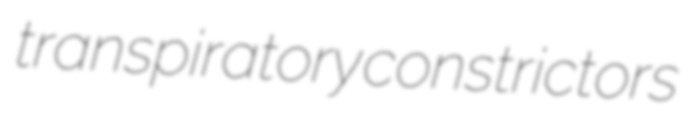
transpiratory constrictors